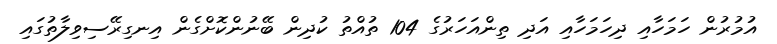
އުމުރުން ހަމަހާއި ދިހަމަހާއި އަދި ތިންއަހަރުގެ 104 ތުއްތު ކުދިން ބޭނުންކޮށްގެން އިނގިރޭސިވިލާތުގައި